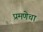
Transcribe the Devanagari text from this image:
प्रमणेचा